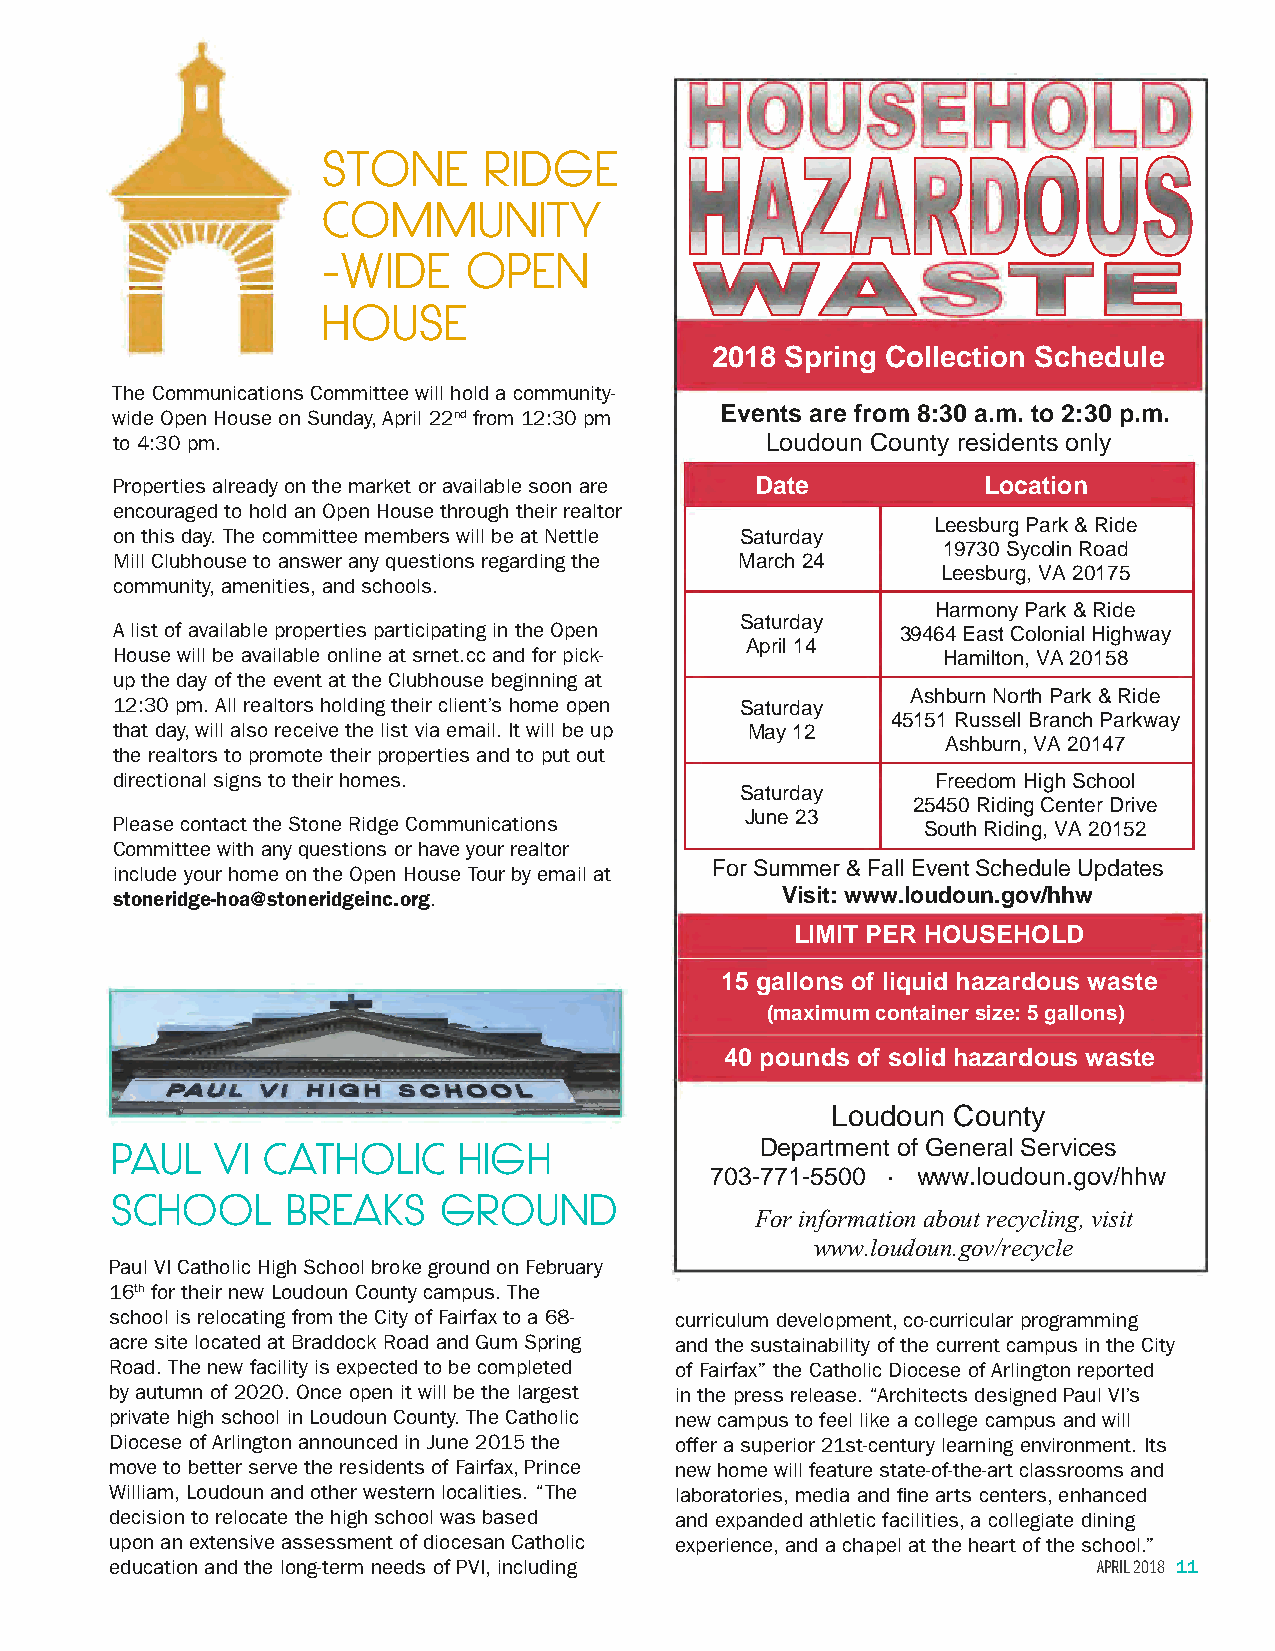
STONE      RIDGE
 COMMUNITY
 ~'''~
 ?    -WIDE     OPEN
 ~
 i
 I
 HOUSE
 2018 Spring Collection Schedule
 The Communications Committee will hold a community-
 wide Open House on Sunday, April 22nd from 12:30 pm Events are from 8:30 a.m. to 2:30 p.m.
 to 4:30 pm.                                 Loudoun County residents only
 Properties already on the market or available soon are Date Location
 encouraged to hold an Open House through their realtor
 Leesburg Park & Ride
 on this day. The committee members will be at Nettle Saturday
 19730 Sycolin Road
 Mill Clubhouse to answer any questions regarding the March 24
 Leesburg, VA 20175
 community, amenities, and schools.
 Harmony Park & Ride
 Saturday
 A list of available properties participating in the Open 39464 East Colonial Highway
 April 14
 House will be available online at srnet.cc and for pick- Hamilton, VA 20158
 up the day of the event at the Clubhouse beginning at
 Ashburn North Park & Ride
 12:30 pm. All realtors holding their client’s home open Saturday
 45151 Russell Branch Parkway
 that day, will also receive the list via email. It will be up May 12
 Ashburn, VA 20147
 the realtors to promote their properties and to put out
 directional signs to their homes.                      Freedom High School
 Saturday
 25450 Riding Center Drive
 Please contact the Stone Ridge Communications June 23
 South Riding, VA 20152
 Committee with any questions or have your realtor
 include your home on the Open House Tour by email at For Summer & Fall Event Schedule Updates
 stoneridge-hoa@stoneridgeinc.org.            Visit: www.loudoun.gov/hhw
 LIMIT PER HOUSEHOLD
 15 gallons of liquid hazardous waste
 (maximum container size: 5 gallons)
 40 pounds of solid hazardous waste
 Loudoun County
 PAUL   VI CATHOLIC     HIGH                Department of General Services
 703-771-5500 · www.loudoun.gov/hhw
 SCHOOL      BREAKS    GROUND
 For information about recycling, visit
 www.loudoun.gov/recycle
 Paul VI Catholic High School broke ground on February
 16th for their new Loudoun County campus. The
 school is relocating from the City of Fairfax to a 68- curriculum development, co-curricular programming
 acre site located at Braddock Road and Gum Spring and the sustainability of the current campus in the City
 Road. The new facility is expected to be completed of Fairfax” the Catholic Diocese of Arlington reported
 by autumn of 2020. Once open it will be the largest in the press release. “Architects designed Paul VI’s
 private high school in Loudoun County. The Catholic new campus to feel like a college campus and will
 Diocese of Arlington announced in June 2015 the offer a superior 21st-century learning environment. Its
 move to better serve the residents of Fairfax, Prince new home will feature state-of-the-art classrooms and
 William, Loudoun and other western localities. “The laboratories, media and fine arts centers, enhanced
 decision to relocate the high school was based and expanded athletic facilities, a collegiate dining
 upon an extensive assessment of diocesan Catholic experience, and a chapel at the heart of the school.”
 education and the long-term needs of PVI, including               APRIL 2018 11